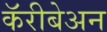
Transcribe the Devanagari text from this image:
कॅरीबेअन